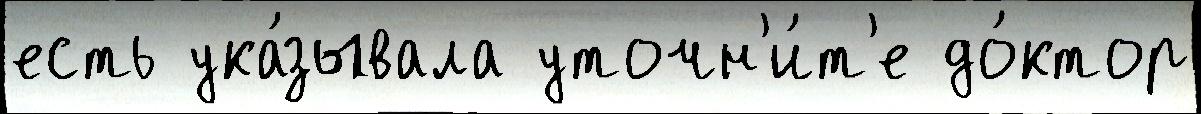
есть ука́зывала уточн'и́т'е до́ктор